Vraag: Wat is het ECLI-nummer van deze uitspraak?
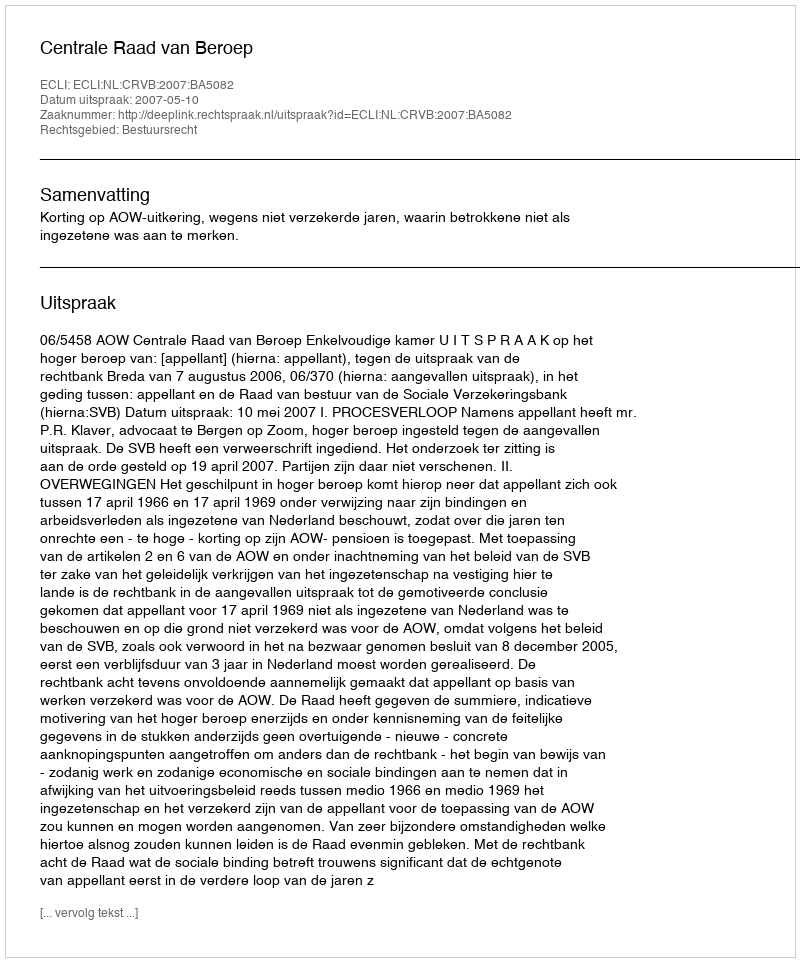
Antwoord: ECLI:NL:CRVB:2007:BA5082